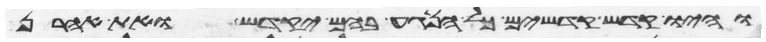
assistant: והיו קדש קדשים כל הנגע בהם יקדש ואת אהרן